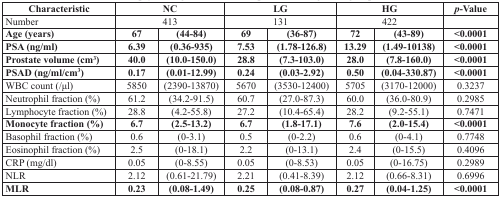
<table><thead><tr><td><b>Characteristic</b></td><td colspan="2"><b>NC</b></td><td colspan="2"><b>LG</b></td><td colspan="2"><b>HG</b></td><td><b><i>p</i>-Value</b></td></tr></thead><tbody><tr><td>Number</td><td colspan="2">413</td><td colspan="2">131</td><td colspan="2">422</td><td></td></tr><tr><td><b>Age (years)</b></td><td><b>67</b></td><td><b>(44-84)</b></td><td><b>69</b></td><td><b>(36-87)</b></td><td><b>72</b></td><td><b>(43-89)</b></td><td><b>&lt;0.0001</b></td></tr><tr><td><b>PSA (ng/ml)</b></td><td><b>6.39</b></td><td><b>(0.36-935)</b></td><td><b>7.53</b></td><td><b>(1.78-126.8)</b></td><td><b>13.29</b></td><td><b>(1.49-10138)</b></td><td><b>&lt;0.0001</b></td></tr><tr><td><b>Prostate volume (cm</b><sup>3</sup>)</td><td><b>40.0</b></td><td><b>(10.0-150.0)</b></td><td><b>28.8</b></td><td><b>(7.3-103.0)</b></td><td><b>28.0</b></td><td><b>(7.8-160.0)</b></td><td><b>&lt;0.0001</b></td></tr><tr><td><b>PSAD (ng/ml/cm</b><sup>3</sup>)</td><td><b>0.17</b></td><td><b>(0.01-12.99)</b></td><td><b>0.24</b></td><td><b>(0.03-2.92)</b></td><td><b>0.50</b></td><td><b>(0.04-330.87)</b></td><td><b>&lt;0.0001</b></td></tr><tr><td>WBC count (/μl)</td><td>5850</td><td>(2390-13870)</td><td>5670</td><td>(3530-12400)</td><td>5705</td><td>(3170-12000)</td><td>0.3237</td></tr><tr><td>Neutrophil fraction (%)</td><td>61.2</td><td>(34.2-91.5)</td><td>60.7</td><td>(27.0-87.3)</td><td>60.0</td><td>(36.0-80.9)</td><td>0.2985</td></tr><tr><td>Lymphocyte fraction (%)</td><td>28.8</td><td>(4.2-55.8)</td><td>27.2</td><td>(10.4-65.4)</td><td>28.2</td><td>(9.2-55.1)</td><td>0.7471</td></tr><tr><td><b>Monocyte fraction (%)</b></td><td><b>6.7</b></td><td><b>(2.5-13.2)</b></td><td><b>6.7</b></td><td><b>(1.8-17.1)</b></td><td><b>7.6</b></td><td><b>(2.0-15.4)</b></td><td><b>&lt;0.0001</b></td></tr><tr><td>Basophil fraction (%)</td><td>0.6</td><td>(0-3.1)</td><td>0.5</td><td>(0-2.2)</td><td>0.6</td><td>(0-4.1)</td><td>0.7748</td></tr><tr><td>Eosinophil fraction (%)</td><td>2.5</td><td>(0-18.1)</td><td>2.2</td><td>(0-13.1)</td><td>2.4</td><td>(0-15.5)</td><td>0.4096</td></tr><tr><td>CRP (mg/dl)</td><td>0.05</td><td>(0-8.55)</td><td>0.05</td><td>(0-8.53)</td><td>0.05</td><td>(0-16.75)</td><td>0.2989</td></tr><tr><td>NLR</td><td>2.12</td><td>(0.61-21.79)</td><td>2.21</td><td>(0.41-8.39)</td><td>2.12</td><td>(0.66-8.31)</td><td>0.6996</td></tr><tr><td><b>MLR</b></td><td><b>0.23</b></td><td><b>(0.08-1.49)</b></td><td><b>0.25</b></td><td><b>(0.08-0.87)</b></td><td><b>0.27</b></td><td><b>(0.04-1.25)</b></td><td><b>&lt;0.0001</b></td></tr></tbody></table>